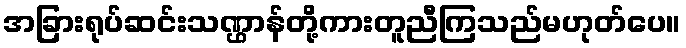
အခြားရုပ်ဆင်းသဏ္ဌာန်တို့ကားတူညီကြသည်မဟုတ်ပေ။